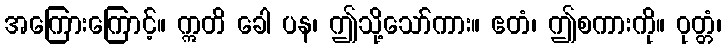
အကြေားကြောင့်။ ဣတိ ခေါ ပန၊ ဤသို့သော်ကား။ ဧတံ၊ ဤစကားကို။ ဝုတ္တံ၊